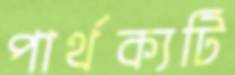
পার্থক্যটি